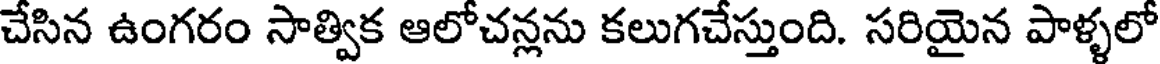
చేసిన ఉంగరం సాత్విక ఆలోచన్లను కలుగచేస్తుంది. సరియైన పాళ్ళలో